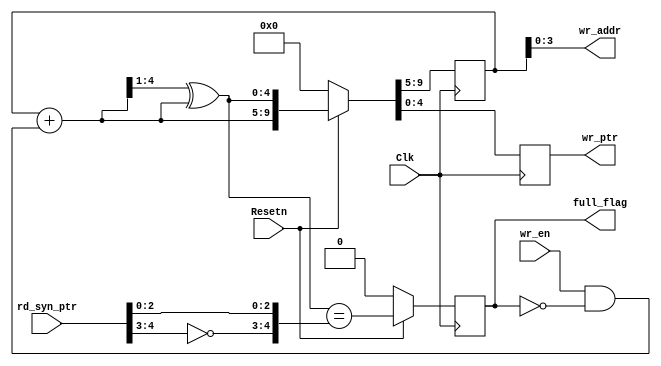
module full_logic
#(
    parameter a_width = 4
)
(   
    input                Clk, Resetn, wr_en,
    input  [a_width:0]   rd_syn_ptr,
    output [a_width:0]   wr_ptr, 
    output [a_width-1:0] wr_addr,
    output               full_flag
);

    reg [a_width:0] bin_code, rptr;
    wire full_flag_val;
    reg  full_flag_reg;
    wire [a_width:0] gray_code_next, bin_code_next;

    always @(posedge Clk) begin
        if (Resetn == 1'b0) 
            {bin_code, rptr} <= 0;
        else
            {bin_code, rptr} <= {bin_code_next, gray_code_next};
    end

    assign wr_ptr = rptr;
    assign wr_addr = bin_code[a_width-1:0];
    assign bin_code_next = bin_code + (wr_en & ~ full_flag_reg);
    assign gray_code_next = (bin_code_next >> 1) ^ bin_code_next;

    // ************ full_Condition *********** //
    assign full_flag_val = (gray_code_next == {~rd_syn_ptr[a_width:a_width-1], rd_syn_ptr[a_width-2:0]});

    always @(posedge Clk) begin
        if (Resetn == 1'b0)
            full_flag_reg <= 1'b0;
        else
            full_flag_reg <= full_flag_val; 
    end

    assign full_flag = full_flag_reg;
endmodule